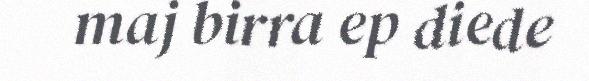
maj birra ep diede